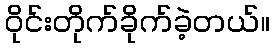
ဝိုင်းတိုက်ခိုက်ခဲ့တယ်။